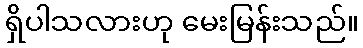
ရှိပါသလားဟု မေးမြန်းသည်။